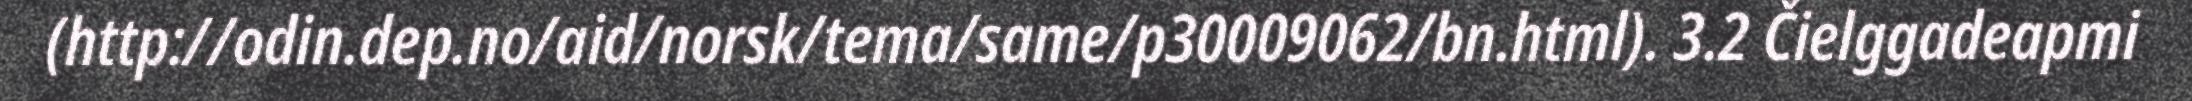
(http://odin.dep.no/aid/norsk/tema/same/p30009062/bn.html). 3.2 Čielggadeapmi